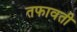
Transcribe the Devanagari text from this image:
तफावती